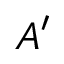
A ^ { \prime }